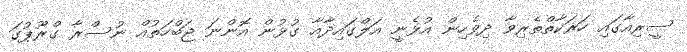
ސީރިއާގައި ހަރަކާތްތެރިވާ ދިވެހިން އުޅެނީ އަލްގައިދާއާ ގުޅުން އޮންނަ ޖަބްހަތުއް ނުސްރާ ގްރޫޕުގަ